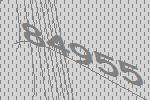
84955